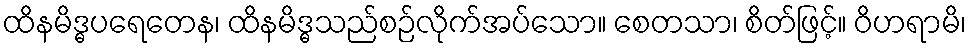
ထိနမိဒ္ဓပရေတေန၊ ထိနမိဒ္ဓသည်စဉ်လိုက်အပ်သော။ စေတသာ၊ စိတ်ဖြင့်။ ဝိဟရာမိ၊